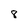
Character: 8